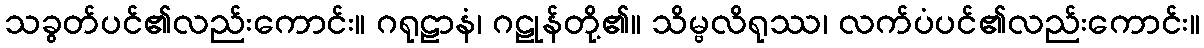
သခွတ်ပင်၏လည်းကောင်း။ ဂရုဠာနံ၊ ဂဠုန်တို့၏။ သိမ္ဗလိရုဿ၊ လက်ပံပင်၏လည်းကောင်း။